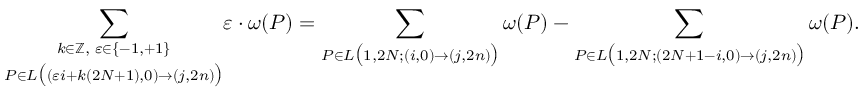
\underset { P \in L \big ( ( \varepsilon i + k ( 2 N + 1 ) , 0 ) \to ( j , 2 n ) \big ) } { \sum _ { k \in \mathbb Z , \, \, \varepsilon \in \{ - 1 , + 1 \} } } \varepsilon \cdot \omega ( P ) = \sum _ { P \in L \big ( 1 , 2 N ; ( i , 0 ) \to ( j , 2 n ) \big ) } \omega ( P ) - \sum _ { P \in L \big ( 1 , 2 N ; ( 2 N + 1 - i , 0 ) \to ( j , 2 n ) \big ) } \omega ( P ) .